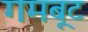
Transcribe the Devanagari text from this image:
गमबूट